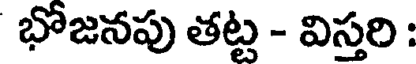
భోజనపు తట్ట - విస్తరి :